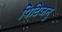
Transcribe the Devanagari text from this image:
पिटिजनु